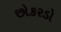
છોકરડો